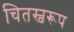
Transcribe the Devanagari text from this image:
चितस्वरूप